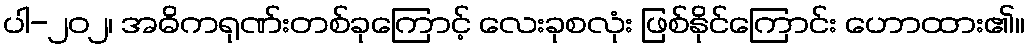
ပါ-၂၀၂၊ အဓိကရုဏ်းတစ်ခုကြောင့် လေးခုစလုံး ဖြစ်နိုင်ကြောင်း ဟောထား၏။